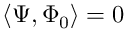
\langle \Psi , \Phi _ { 0 } \rangle = 0